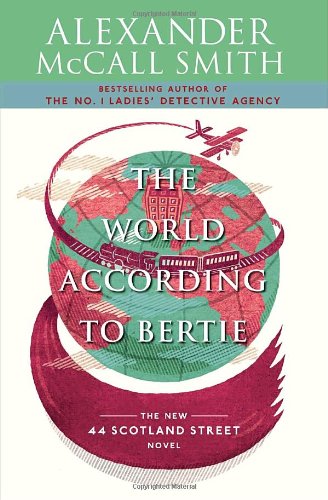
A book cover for The World According to Bertie (44 Scotland Street Series); Alexander McCall Smith; Literature & Fiction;